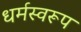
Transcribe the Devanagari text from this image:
धर्मस्वरूप